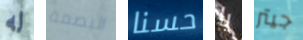
له البصمة حسنا يا جيتر